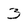
Character: 3